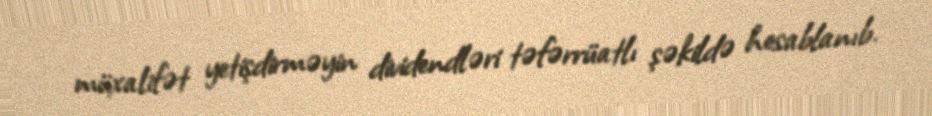
müxalifət yetişdirməyin dividendləri təfərrüatlı şəkildə hesablanıb.